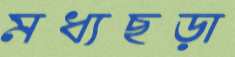
মধ্যছড়া